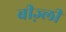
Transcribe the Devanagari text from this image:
बीज़्ली